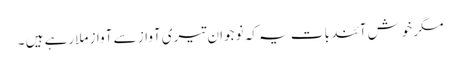
مگر خوش آئند بات یہ کہ نوجوان تیری آواز سے آواز ملارہے ہیں ۔